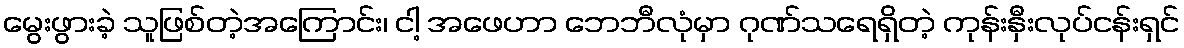
မွေးဖွားခဲ့ သူဖြစ်တဲ့အကြောင်း၊ ငါ့ အဖေဟာ ဘေဘီလုံမှာ ဂုဏ်သရေရှိတဲ့ ကုန်းနှီးလုပ်ငန်းရှင်